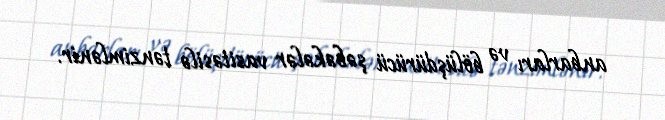
anbarları və bölüşdürücü şəbəkələr vasitəsilə tənzimlənir.